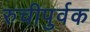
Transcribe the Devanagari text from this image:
रुचीपुर्वक